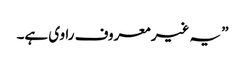
” یہ غیر معروف راوی ہے۔